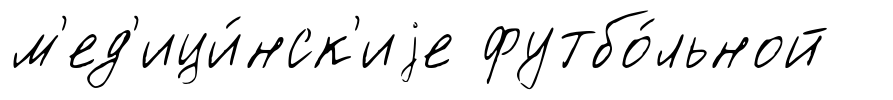
м'ед'ици́нск'иjе футбо́льной